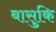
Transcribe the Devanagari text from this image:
बासुकि